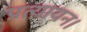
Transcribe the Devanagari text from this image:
प्रत्यायन।